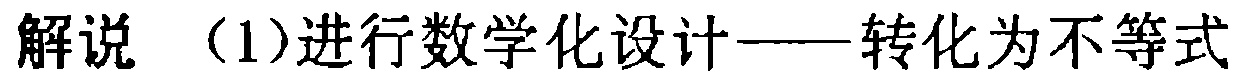
解说 （1）进行数学化设计——转化为不等式